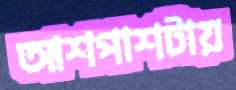
আশপাশটায়